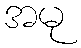
အမု